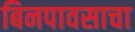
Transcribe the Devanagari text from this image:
बिनपावसाचा